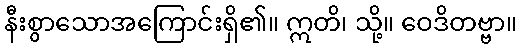
နီးစွာသောအကြောင်းရှိ၏။ ဣတိ၊ သို့။ ဝေဒိတဗ္ဗာ။